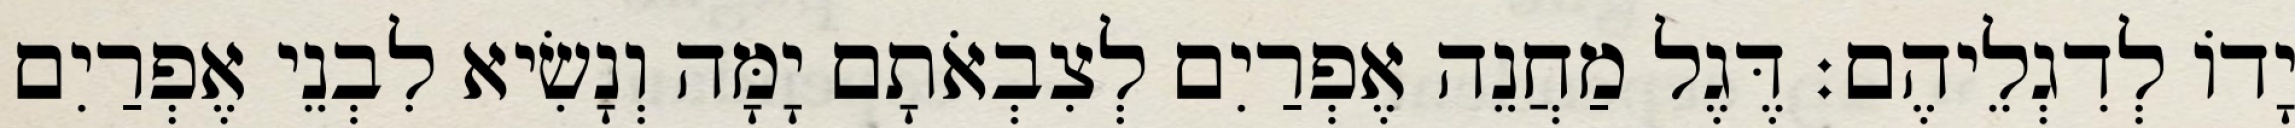
יָדוֹ לְדִגְלֵיהֶם׃ דֶּגֶל מַחֲנֵה אֶפְרַיִם לְצִבְאֹתָם יָמָּה וְנָשִׂיא לִבְנֵי אֶפְרַיִם